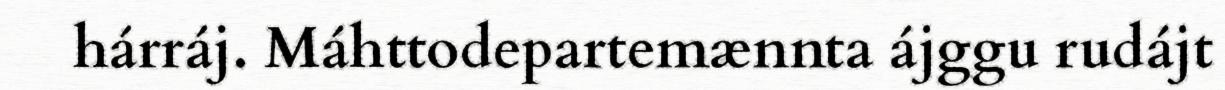
hárráj. Máhttodepartemænnta ájggu rudájt